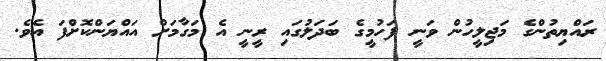
ރައްޔިތުންގެ މަޖިލީހުން ވަނީ ފަހުމީގެ ބަދަލުގައި ރީނީ އެ މަގާމަށް އައްޔަންކޮށްފަ އެވެ.